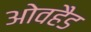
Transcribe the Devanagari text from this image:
ओवहैड